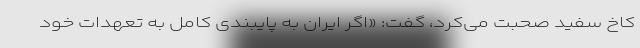
کاخ سفید صحبت می‌کرد، گفت: «اگر ایران به پایبندی کامل به تعهدات خود